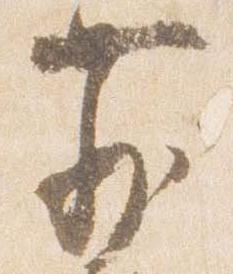
前